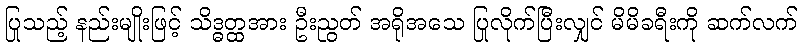
ပြုသည့် နည်းမျိုးဖြင့် သိဒ္ဓတ္ထအား ဦးညွတ် အရိုအသေ ပြုလိုက်ပြီးလျှင် မိမိခရီးကို ဆက်လက်